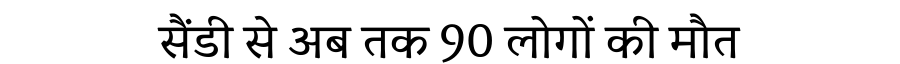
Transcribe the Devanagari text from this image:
सैंडी से अब तक 90 लोगों की मौत